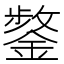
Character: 𮢸